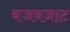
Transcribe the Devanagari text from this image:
बजबजाट